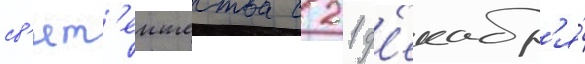
св'ят'еишества с 21 д'екабр'я́